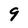
Character: 9